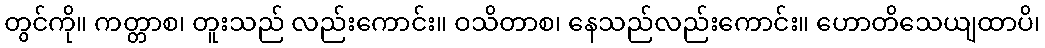
တွင်ကို။ ကတ္တာစ၊ တူးသည် လည်းကောင်း။ ဝသိတာစ၊ နေသည်လည်းကောင်း။ ဟောတိသေယျထာပိ၊